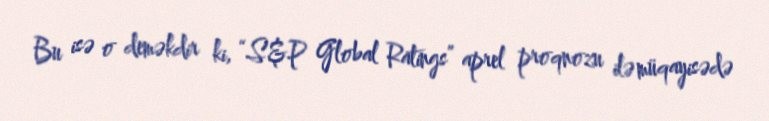
Bu isə o deməkdir ki, “S&P Global Ratings” aprel proqnozu ilə müqayisədə